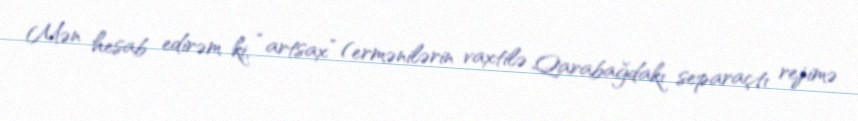
Mən hesab edirəm ki, “artsax” (ermənilərin vaxtilə Qarabağdakı separaçtı rejimə